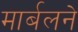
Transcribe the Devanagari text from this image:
मार्बलने